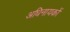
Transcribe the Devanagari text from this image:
अधिनायकों